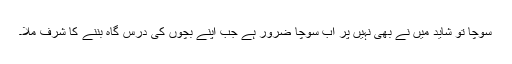
سوچا تو شاید میں نے بھی نہیں پر اب سوچا ضرور ہے جب اپنے بچوں کی درس گاہ بننے کا شرف ملا۔